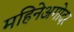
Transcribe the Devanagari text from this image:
महिनेअगोदर